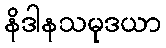
နိဒါနသမုဒယာ